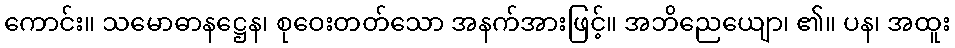
ကောင်း။ သမောဓာနဋ္ဌေန၊ စုဝေးတတ်သော အနက်အားဖြင့်။ အဘိညေယျော၊ ၏။ ပန၊ အထူး